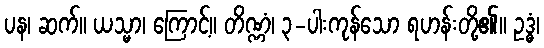
ပန၊ ဆက်။ ယသ္မာ၊ ကြောင့်။ တိဏ္ဏံ၊ ၃-ပါးကုန်သော ရဟန်းတို့၏။ ဥဒ္ဓံ၊